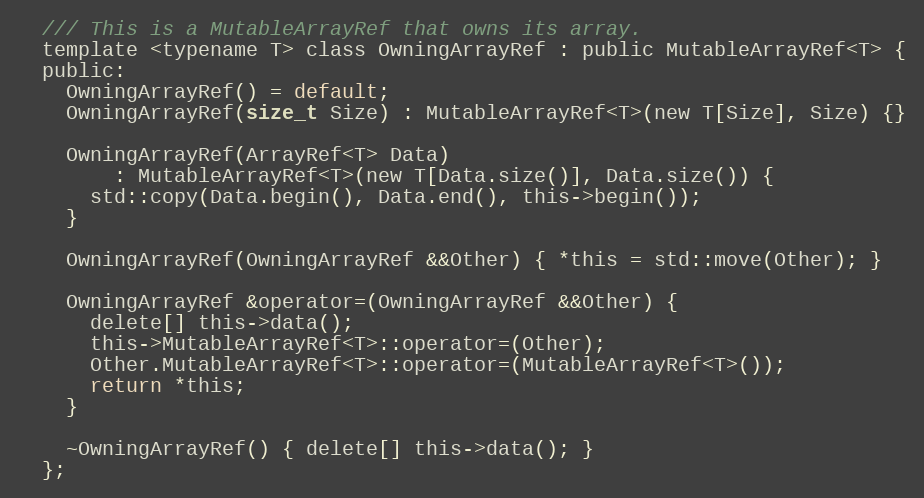
Language: C
  /// This is a MutableArrayRef that owns its array.
  template <typename T> class OwningArrayRef : public MutableArrayRef<T> {
  public:
    OwningArrayRef() = default;
    OwningArrayRef(size_t Size) : MutableArrayRef<T>(new T[Size], Size) {}

    OwningArrayRef(ArrayRef<T> Data)
        : MutableArrayRef<T>(new T[Data.size()], Data.size()) {
      std::copy(Data.begin(), Data.end(), this->begin());
    }

    OwningArrayRef(OwningArrayRef &&Other) { *this = std::move(Other); }

    OwningArrayRef &operator=(OwningArrayRef &&Other) {
      delete[] this->data();
      this->MutableArrayRef<T>::operator=(Other);
      Other.MutableArrayRef<T>::operator=(MutableArrayRef<T>());
      return *this;
    }

    ~OwningArrayRef() { delete[] this->data(); }
  };